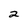
Character: 2